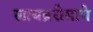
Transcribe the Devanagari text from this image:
लायब्ररीमागे